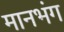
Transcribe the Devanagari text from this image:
मानभंग